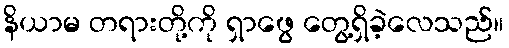
နိယာမ တရားတို့ကို ရှာဖွေ တွေ့ရှိခဲ့လေသည်။